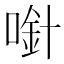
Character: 𱓼